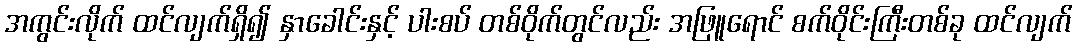
အကွင်းလိုက် ထင်လျက်ရှိ၍ နှာခေါင်းနှင့် ပါးစပ် တစ်ဝိုက်တွင်လည်း အဖြူရောင် စက်ဝိုင်းကြီးတစ်ခု ထင်လျက်